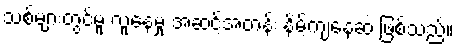
သစ်များတွင်မူ လူနေမှု အဆင့်အတန်း နိမ့်ကျနေဆဲ ဖြစ်သည်။